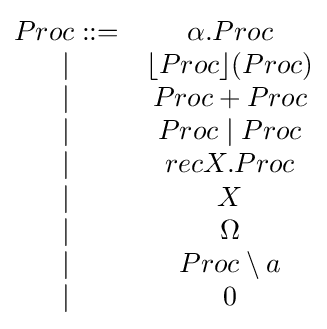
{\begin{matrix}Proc::=&\alpha .Proc\\|&\lfloor Proc\rfloor (Proc)\\|&Proc+Proc\\|&Proc\;|\;Proc\\|&recX.Proc\\|&X\\|&\Omega \\|&Proc\setminus a\\|&0\\\end{matrix}}